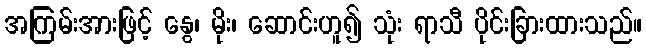
အကြမ်းအားဖြင့် နွေ၊ မိုး၊ ဆောင်းဟူ၍ သုံး ရာသီ ပိုင်းခြားထားသည်။